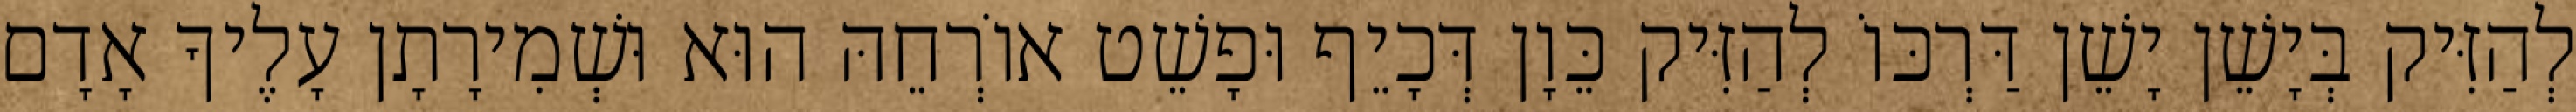
לְהַזִּיק בְּיָשֵׁן יָשֵׁן דַּרְכּוֹ לְהַזִּיק כֵּוָן דְּכָיֵף וּפָשֵׁט אוֹרְחֵהּ הוּא וּשְׁמִירָתָן עָלֶיךָ אָדָם